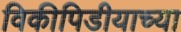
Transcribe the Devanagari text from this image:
विकीपिडीयाच्या